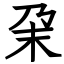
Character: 㭆